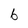
Character: 6